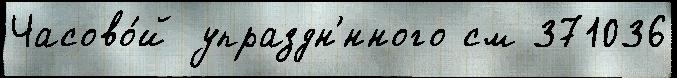
Часово́й упраздн'́нного см 371036